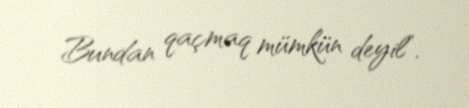
Bundan qaçmaq mümkün deyil”.